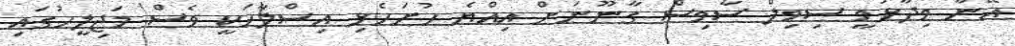
އޭނާ ވިދާޅުވީ ސިވިލް ސާވިސް ގާނޫނަށް އިއްޔެ ހުށަހެޅި އިސްލާހަކީ ވެސް މަޖިލީހުގައި